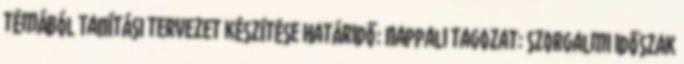
témából Tanítási tervezet készítése Határidő: Nappali tagozat: szorgalmi időszak